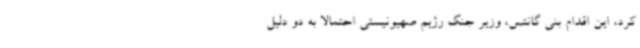
کرد، این اقدام بنی گانتس، وزیر جنگ رژیم صهیونیستی احتمالا به دو دلیل